Epidemic dropsy in Calcutta - Number 49
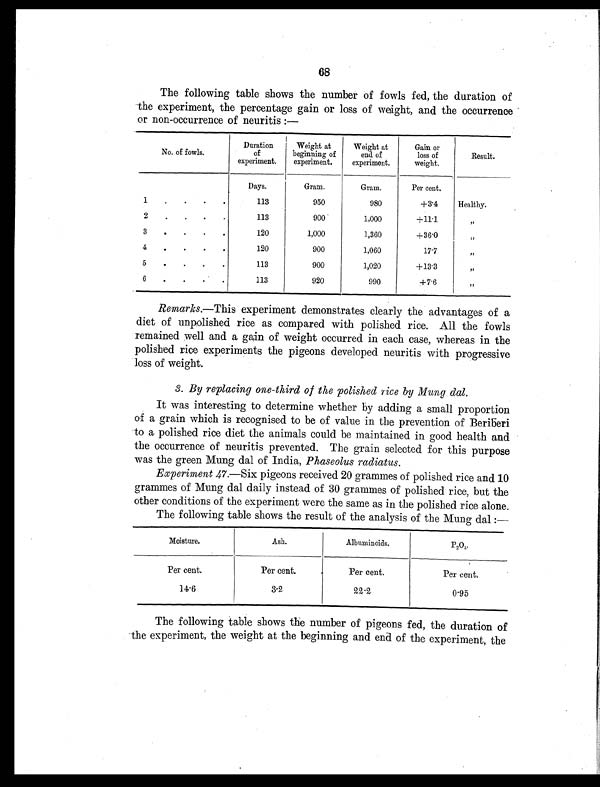
68
The following table shows the number of fowls fed, the duration of
the experiment, the percentage gain or loss of weight, and the occurrence
or non-occurrence of neuritis:—
No. of fowls.
Duration
of
experiment.
Weight at
beginning of
experiment.
Weight at
end of
experiment.
Gain or
loss of
weight.
Result.
Days.
Gram.
Gram.
Per cent.
1
.
.
.
.
113
950
980
+3. 4
Healthy.
2
.
.
.
.
113
900
1,000
+11.1
, ,
3
.
.
.
.
120
1,000
1,360
+36.0
, ,
4
.
.
.
.
120
900
1,060
17.7
, ,
5
.
.
.
.
113
900
1,020
+13.3
, ,
6
.
.
.
.
113
920
990
+7.6
, ,
Remarks.—This experiment demonstrates clearly the advantages of a
diet of unpolished rice as compared with polished rice. All the fowls
remained well and a gain of weight occurred in each case, whereas in the
polished rice experiments the pigeons developed neuritis with progressive
loss of weight.
3. By replacing one-third of the polished rice by Mung dal.
It was interesting to determine whether by adding a small proportion
of a grain which is recognised to be of value in the prevention of Beriberi
to a polished rice diet the animals could be maintained in good health and
the occurrence of neuritis prevented. The grain selected for this purpose
was the green Mung dal of India, Phaseolus radiates.
Experiment 47.—Six pigeons received 20 grammes of polished rice and 10
grammes of Mung dal daily instead of 30 grammes of polished rice, but the
other conditions of the experiment were the same as in the polished rice alone.
The following table shows the result of the analysis of the Mung dal:—
Moisture.
Ash.
Albuminoids.
P
2
O
5 .
Per cent.
Per cent.
Per cent.
Per cent.
14.6
3.2
22.2
0.95
The following table shows the number of pigeons fed, the duration of
the experiment, the weight at the beginning and end of the experiment, the